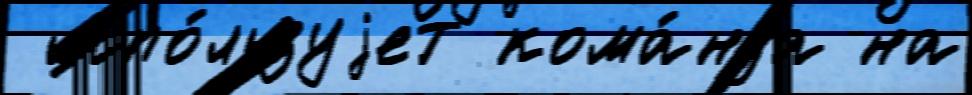
 испо́льзуjет кома́нда на